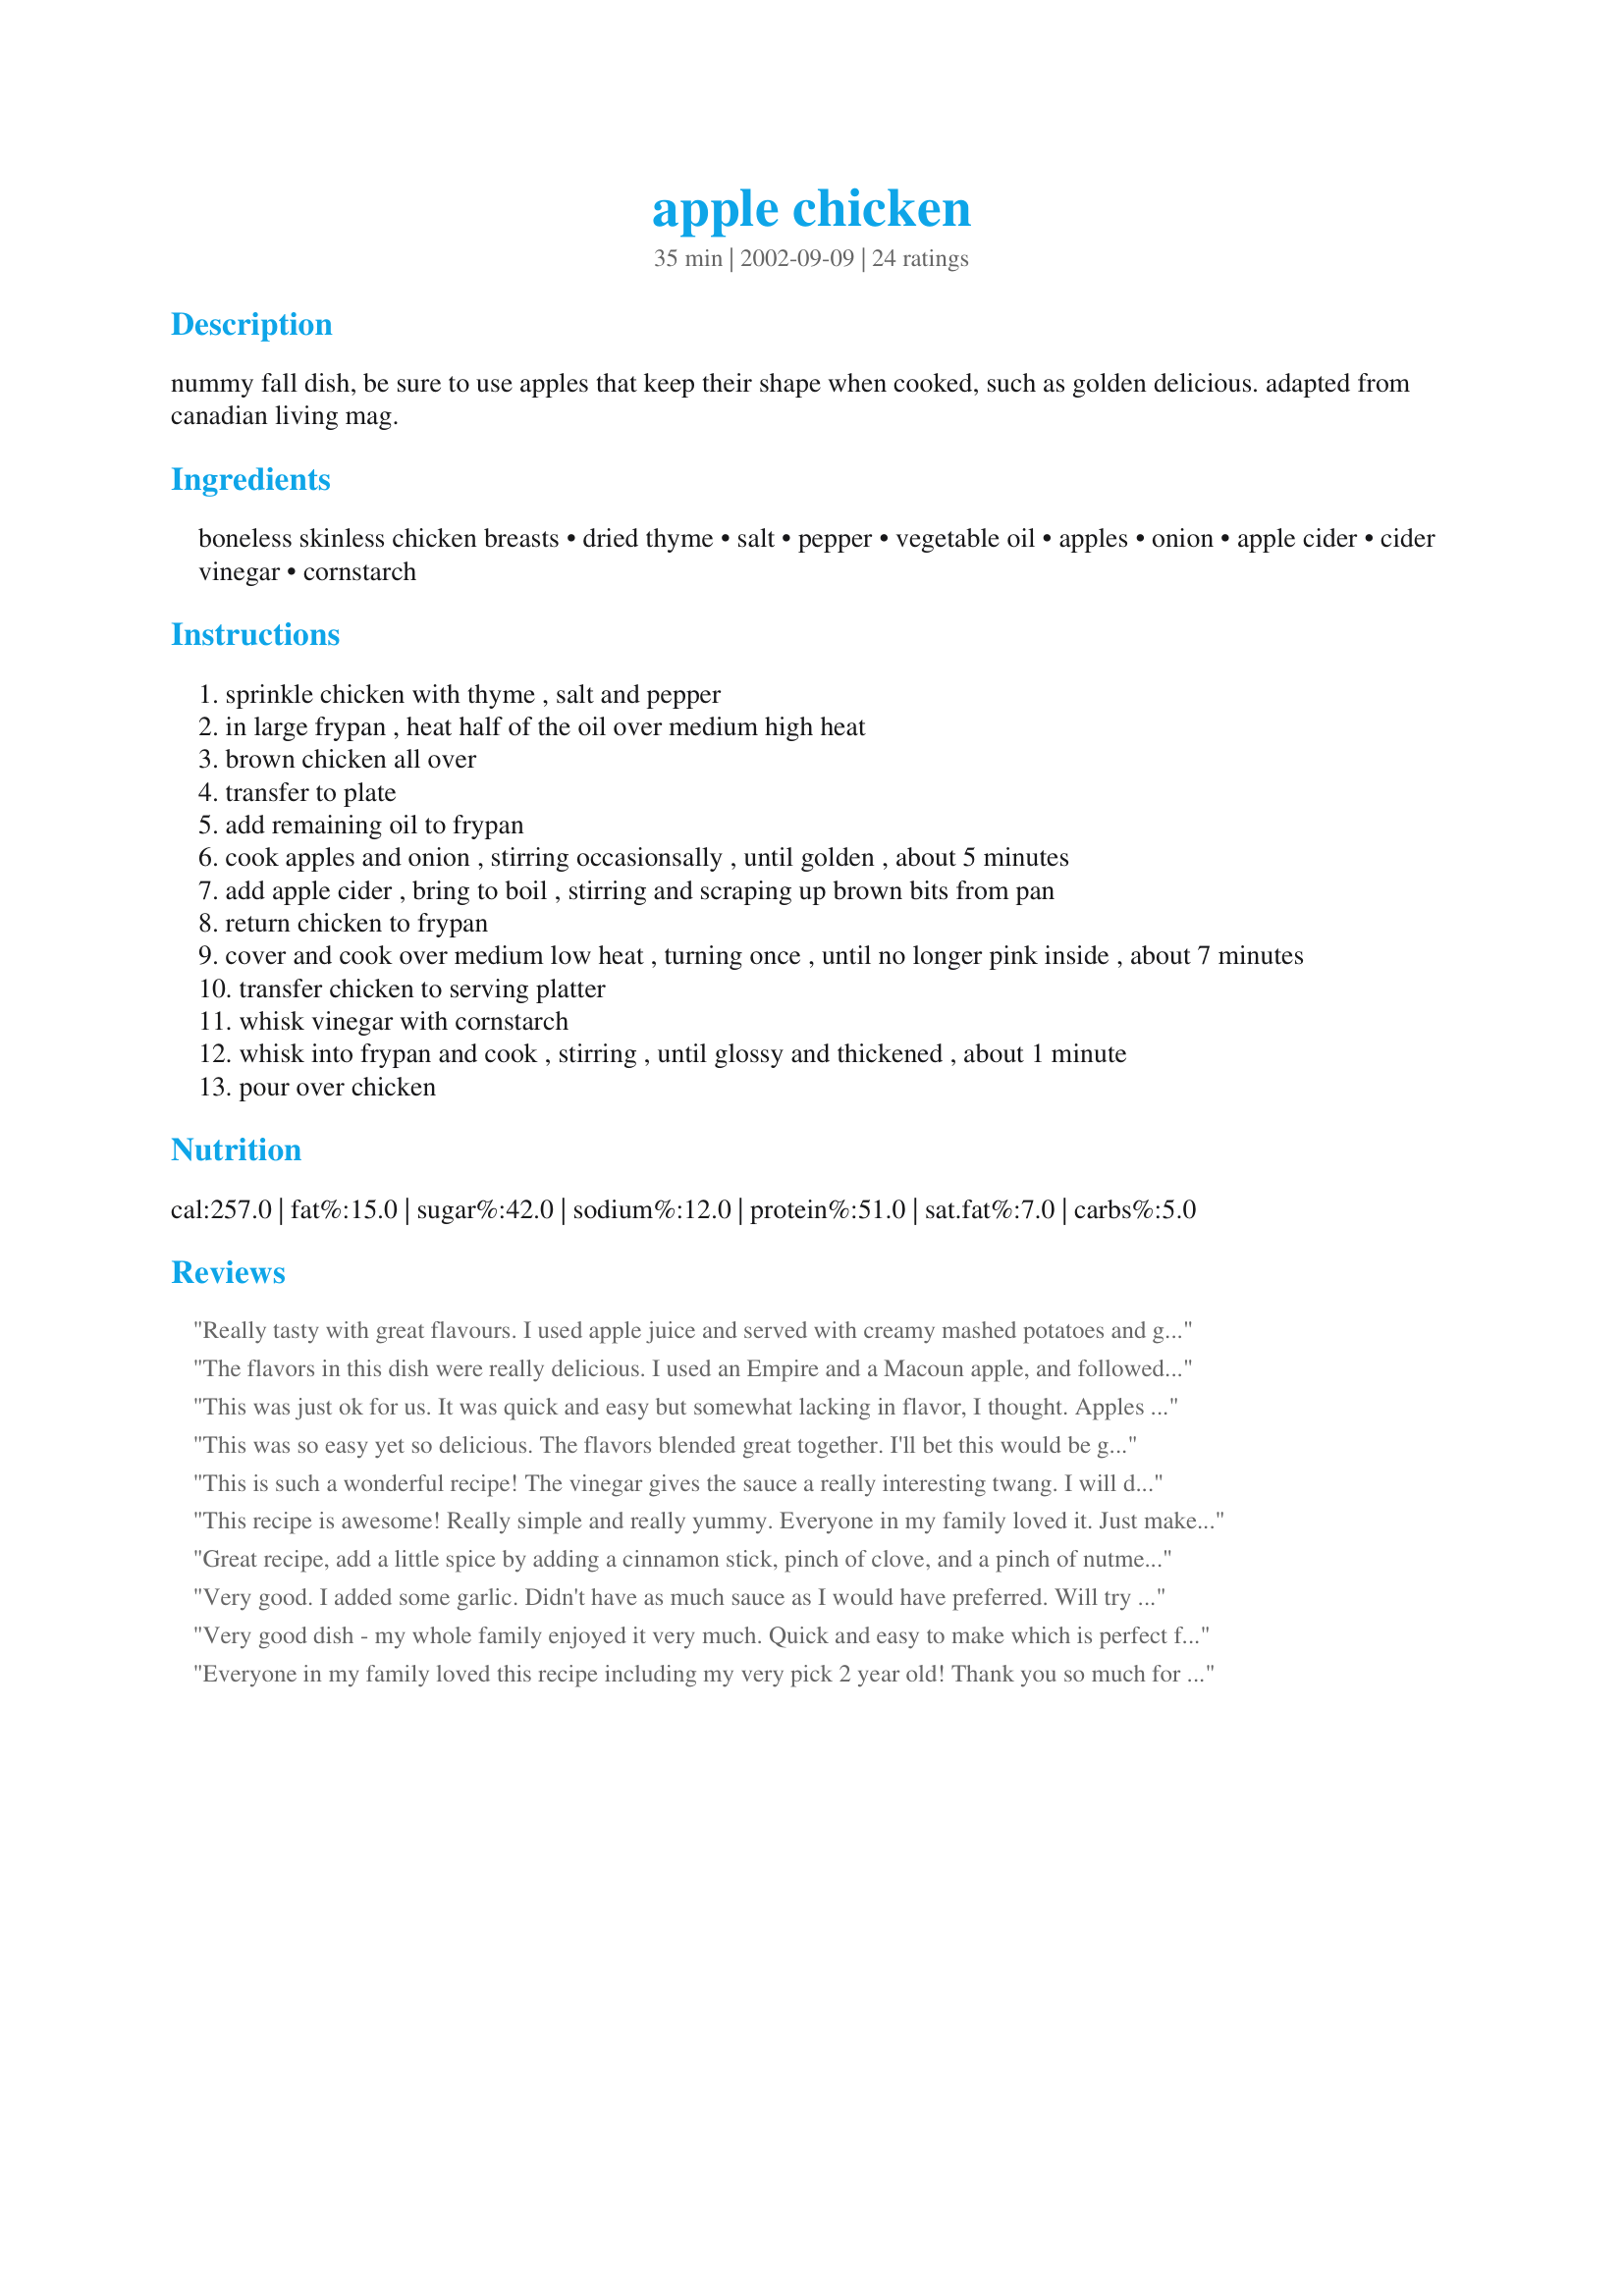
apple chicken
Preparation time: 35 minutes

nummy fall dish, be sure to use apples that keep their shape when cooked, such as golden delicious. adapted from canadian living mag.

Ingredients:
boneless skinless chicken breasts, dried thyme, salt, pepper, vegetable oil, apples, onion, apple cider, cider vinegar, cornstarch

Steps:
sprinkle chicken with thyme , salt and pepper
in large frypan , heat half of the oil over medium high heat
brown chicken all over
transfer to plate
add remaining oil to frypan
cook apples and onion , stirring occasionsally , until golden , about 5 minutes
add apple cider , bring to boil , stirring and scraping up brown bits from pan
return chicken to frypan
cover and cook over medium low heat , turning once , until no longer pink inside , about 7 minutes
transfer chicken to serving platter
whisk vinegar with cornstarch
whisk into frypan and cook , stirring , until glossy and thickened , about 1 minute
pour over chicken

Reviews:
Really tasty with great flavours. I used apple juice and served with creamy mashed potatoes and green beans.
The flavors in this dish were really delicious. I used an Empire and a Macoun apple, and followed the directions as they were. The only issue I have with the recipe is that the chicken was quite tough. I had to cook it for longer than the additional 7 minutes after browning, and they weren't especially large or thick breasts. It was still a tinge pink when we cut into it to eat, and not as tender as I would have hoped. I might broil the chicken next time instead of essentially steaming it to see if I can get a nice tender chicken to go with this delightful sauce.
This was just ok for us. It was quick and easy but somewhat lacking in flavor, I thought. Apples and onions together didn't cut it for my kids at all. With so many recipes out there to try, I probably won't make this again.
This was so easy yet so delicious. The flavors blended great together. I'll bet this would be good with pork chops, too. I used Golden Delicious and they fell apart somewhat but no on cared. Thanks for a keeper!
This is such a wonderful recipe! The vinegar gives the sauce a really interesting twang. I will definitely be making this again! Thanks so much for sharing!
This recipe is awesome! Really simple and really yummy. Everyone in my family loved it. Just make sure you warn everyone that it's apple and not potatoes! my brother took a bite expecting potatoes and was so shocked he couldn't eat any more of the apples!
Great recipe, add a little spice by adding a cinnamon stick, pinch of clove, and a pinch of nutmeg when making the sauce. Use a firm apple like Granny Smith, MacIntosh or Cortland Best to use a sweet onion like a Vidalia. Shallots or Leeks work too, instead of onion
Very good. I added some garlic. Didn't have as much sauce as I would have preferred. Will try it again with more liquid and a few splashes of tabasco. Thanks!
Very good dish - my whole family enjoyed it very much. Quick and easy to make which is perfect for a busy weekday. Next time I will cook the onions just a bit longer other than that won't change a thing.
Everyone in my family loved this recipe including my very pick 2 year old! Thank you so much for posting this.
Love this sauce. The chicken is moist and tender with a browned outside--just right! Made for the Christmas Spelling Bee in Cooking Photos.
This was just ok, I would reduce the vinegar to 1tsp or possibly 1/2tsp if using tart apples. Also, the Golden Delicious got fairly mushy, though Granny Smiths held up well.
Very delicious, Derf. The only complaint I have, is that it didn't make enough apple gravy. (Maybe I cooked too long :() Even so, I will fix this again, using different apples each time. Thnx for sharing, Derf. Made for Comfort Cafe Snow Queen Chalet Jan 2010.
I was in the mood for a real fall kind of dinner since it was cold and dreary outside. This was exactly what I was looking for! It has a great fall flavor. The only problem I had was in getting enough sauce when I mixed in the corn starch. I think I just wasn't carefull enough when I remover the food from the pan, so I think I scooped out a lot of the juice that should have been left in the pan to make the gravy. It was still a great dinner! Thanks
Delicious, idiot-proof recipe!
I am NO chef, but this one turned out brilliantly!
(It was a good way to use up some apples I had left over that were a bit past their prime...)
Great leftovers too!
This recepie is a HIT!<br/>Very fast to prepare and has great taste! We were looking for healthy new ways to make chicken and this is certainly one we will be repeating!
Delicious recipe! Very quick and easy to make, too. I used apple juice not cider. I halved the recipe to serve two, but kept the juice/vinegar/cornstarch the same so that there would be lots of sauce. Very good taste, I'll be making this again.
Excellent, easy and quick way to serve chicken. I followed the recipe exactly with good results and we all loved this dish.
A little splash of apple brandy braces up the flavor something wonderful.
A quick and easy dish that presents itself (and tastes) quite nicely. I think it's perfect as is, but my husband thought mustard would lend a touch more flavor and salt to the sauce. I served it with Miller's Chicken Mashed Potatoes (17415).
Absolutely yummy! I just added about 3 tablespoons of honey to the apple juice, and we had a great dinner. I served it with plain rice, and there was lots of gravy/juice for the rice to soak up! Unfortunately, there were no leftovers. I may have to treble the recipe next time...
My family and I loved this chicken dish. The sauce is bitchin'. The flavor of chicken and apples is a new discovery for me and one that I find extremely yummy.Thanks Dorothy. You are so right, this is a wonderful fall recipe.
This was a nice change of pace recipe. I cut the chicken down to serve one and the sauce to serve two. This is a recipe I'll tinker with. I did add a splash of balsamic vinegar at the end to give it a little more bite.
Wow.....If I do say so myself, this dinner was great! I made this last night for my son and new girlfriend and they both gobbled it up! I also served a mixture of oven roasted veggies....yum! I could almost hear my son purring! Hubby commented that it was good but I didn't make enough! So I'll have to increase the quantity next time! Only change I made was the apple cider...I didn't have any. So I used white wine....I added that and a few capers to the sauce for more zip, threw in the apple and onion mixture after the sauce thickened, added the chicken to absorb some of these flavours...and wow! Outstanding meal! Thanks, Derf.....this meal is much too good just for the fall.....it's a year round winner!
